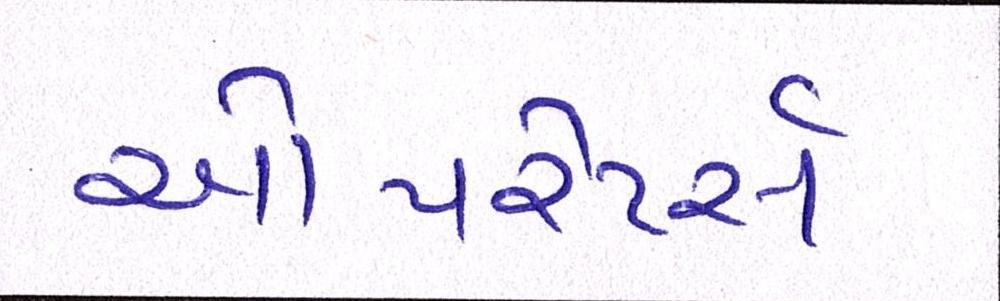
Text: ઓપરેટર્સ